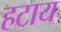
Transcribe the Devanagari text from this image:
हटाय